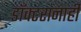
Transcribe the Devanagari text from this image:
डॉक्टरांनाही